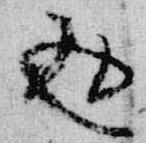
返